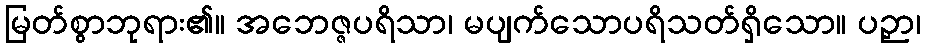
မြတ်စွာဘုရား၏။ အဘေဇ္ဇပရိသာ၊ မပျက်သောပရိသတ်ရှိသော။ ပဉှာ၊